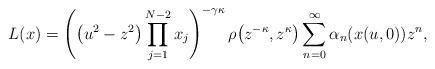
LaTeX: \begin{align*}L(x) =\left( \big( u^{2}-z^{2}\big) \prod_{j=1}^{N-2}x_{j}\right) ^{-\gamma\kappa}\rho\big( z^{-\kappa},z^{\kappa}\big)\sum_{n=0}^{\infty}\alpha_{n}(x(u,0))z^{n},\end{align*}